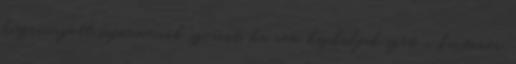
kiszivárgott információk szerint, ha nem kapkodják szét, a kartonár